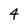
Character: 4